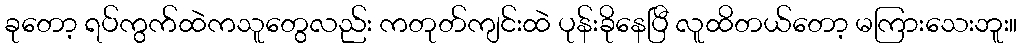
ခုတော့ ရပ်ကွက်ထဲကသူတွေလည်း ကတုတ်ကျင်းထဲ ပုန်းခိုနေပြီ လူထိတယ်တော့ မကြားသေးဘူး။